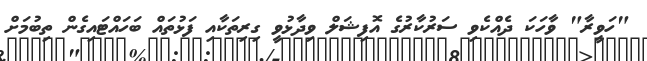
"ހަވީރާ" ވާހަކަ ދެއްކެވި ސަރުކާރުގެ އޮފިޝަލް ވިދާޅުވީ ގިރިތަކާއި ފަޅުތައް ބަހައްޓައިގެން ތިބުމަށް